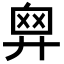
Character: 𢍙